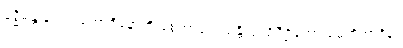
ဗုဒ္ဓိမန္တာနံ ဖလဘောဇိနောတိ စေတာပေဿန္တိ ဗျာဓိပီဠိတော မေတိအာဒိနာ